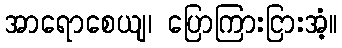
အာရောစေယျ၊ ပြောကြားငြားအံ့။